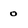
Character: 0